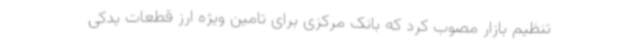
تنظیم بازار مصوب کرد که بانک مرکزی برای تامین ویژه ارز قطعات یدکی